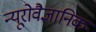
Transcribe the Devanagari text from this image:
न्यूरोवैज्ञानिक